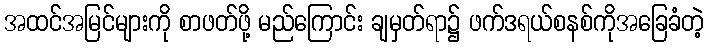
အထင်အမြင်များကို စာဖတ်ဖို့ မည်ကြောင်း ချမှတ်ရာ၌ ဖက်ဒရယ်စနစ်ကိုအခြေခံတဲ့